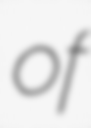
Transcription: of